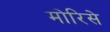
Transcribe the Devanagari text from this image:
मोरिसे